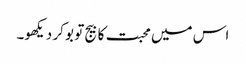
اس میں محبت کا بیج تو بو کر دیکھو۔